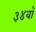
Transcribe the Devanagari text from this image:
३४वॉ